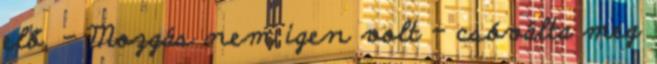
elő. - Mozgás nem igen volt – csóválta meg